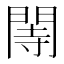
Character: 䦙